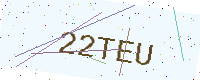
Text: 22TEU